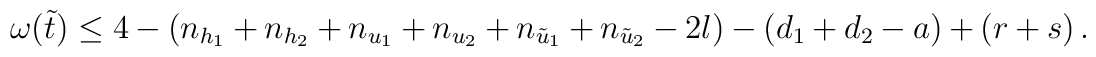
\omega(\tilde{t})\le 4-(n_{h_{1}}+n_{h_{2}}+n_{u_{1}}+n_{u_{2}}+n_{\tilde{u}_{1}}+n_{\tilde{u}_{2}}-2l)-(d_{1}+d_{2}-a) +(r+s)\,.